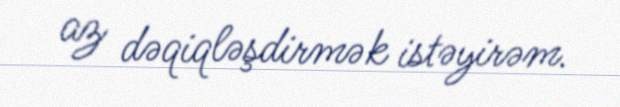
az dəqiqləşdirmək istəyirəm.